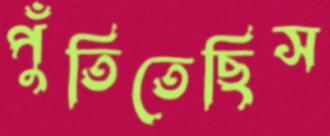
পুঁতিতেছিস